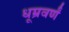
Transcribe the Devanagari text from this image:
धूम्रवर्णं